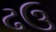
ઢઉ